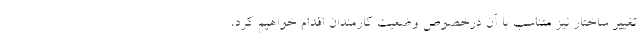
تغییر ساختار نیز متناسب با آن درخصوص وضعیت کارمندان اقدام خواهیم کرد،